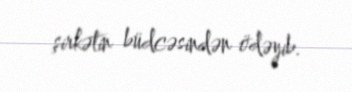
şirkətin büdcəsindən ödəyib.